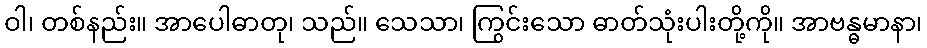
ဝါ၊ တစ်နည်း။ အာပေါဓာတု၊ သည်။ သေသာ၊ ကြွင်းသော ဓာတ်သုံးပါးတို့ကို။ အာဗန္ဓမာနာ၊